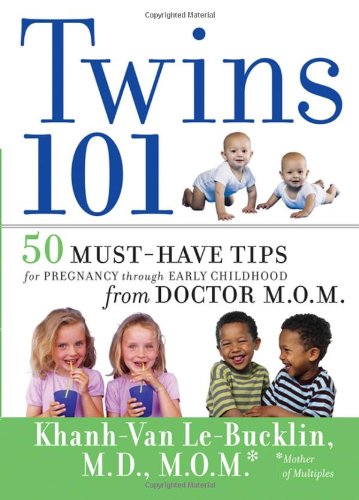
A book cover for Twins 101: 50 Must-Have Tips for Pregnancy through Early Childhood From Doctor M.O.M.; Khanh-Van Le-Bucklin; Parenting & Relationships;